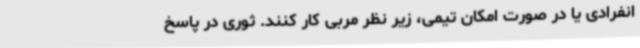
انفرادی یا در صورت امکان تیمی، زیر نظر مربی کار کنند. ثوری در پاسخ